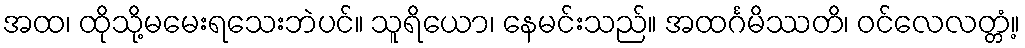
အထ၊ ထိုသို့မမေးရသေးဘဲပင်။ သူရိယော၊ နေမင်းသည်။ အထင်္ဂမိဿတိ၊ ဝင်လေလတ္တံ့။